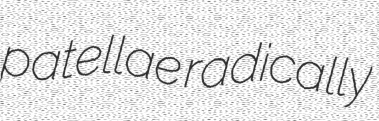
patellae radically